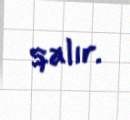
qalır.